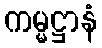
ကမ္မဋ္ဌာနံ